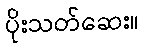
ပိုးသတ်ဆေး။